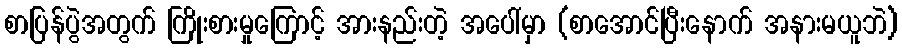
စာပြန်ပွဲအတွက် ကြိုးစားမှုကြောင့် အားနည်းတဲ့ အပေါ်မှာ (စာအောင်ပြီးနောက် အနားမယူဘဲ)